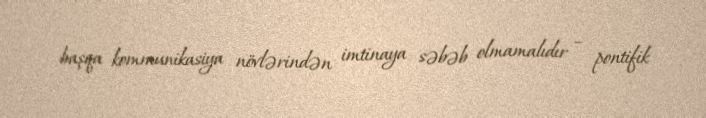
başqa kommunikasiya növlərindən imtinaya səbəb olmamalıdır – pontifik